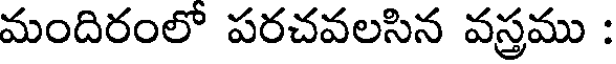
మందిరంలో పరచవలసిన వస్త్రము :